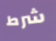
شرط